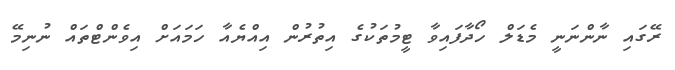
ރޭގައި ނާންނަނީ މެޑަލް ހޯދާފައިވާ ޓީމުތަކުގެ އިތުރުން އިއްޔެއާ ހަމައަށް އިވެންޓްތައް ނުނިމޭ